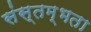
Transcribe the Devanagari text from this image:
संस्तम्भता